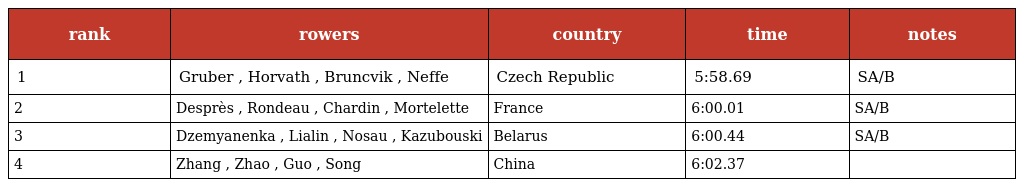
| rank | rowers | country | time | notes |
 | --- | --- | --- | --- | --- |
 | 1 | Gruber , Horvath , Bruncvik , Neffe | Czech Republic | 5:58.69 | SA/B |
 | 2 | Desprès , Rondeau , Chardin , Mortelette | France | 6:00.01 | SA/B |
 | 3 | Dzemyanenka , Lialin , Nosau , Kazubouski | Belarus | 6:00.44 | SA/B |
 | 4 | Zhang , Zhao , Guo , Song | China | 6:02.37 |  |